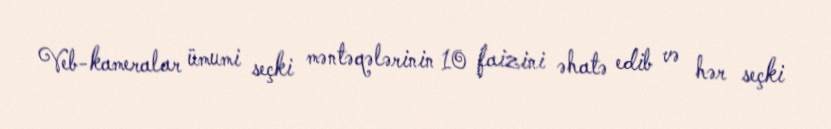
Veb-kameralar ümumi seçki məntəqələrinin 10 faizini əhatə edib və hər seçki